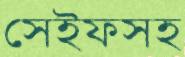
সেইফসহ